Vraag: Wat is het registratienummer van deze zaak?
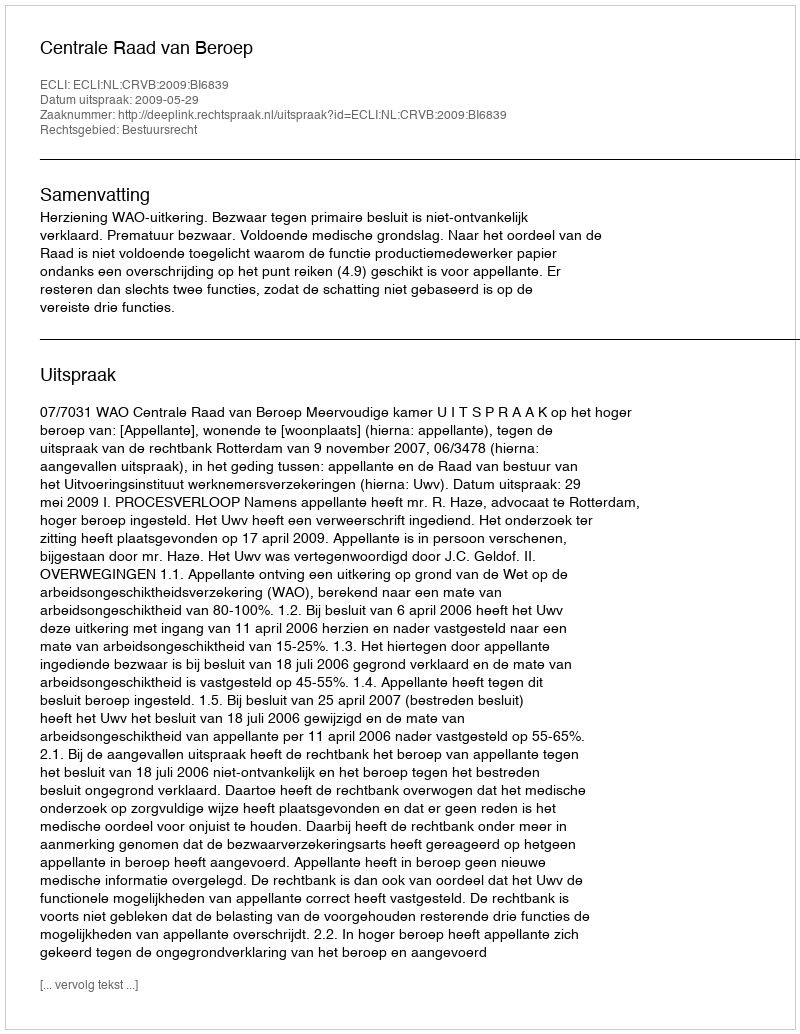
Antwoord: http://deeplink.rechtspraak.nl/uitspraak?id=ECLI:NL:CRVB:2009:BI6839